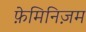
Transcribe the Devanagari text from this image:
फ़ेमिनिज़म